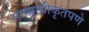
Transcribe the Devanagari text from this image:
सामान्यीकृतपणे